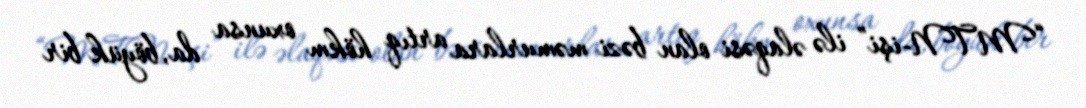
“MTN-işi” ilə əlaqəsi olan bəzi məmurlara artıq hökm oxunsa da, böyük bir